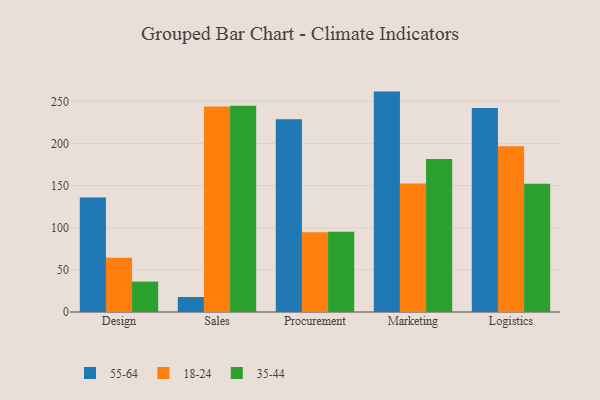
{"axis": {"x": "Department", "y": "Tickets Resolved"}, "legend": ["18-24", "35-44", "55-64"], "data": [{"x": "Design", "y": 135.8, "type": "55-64"}, {"x": "Design", "y": 64.5, "type": "18-24"}, {"x": "Design", "y": 36.1, "type": "35-44"}, {"x": "Sales", "y": 17.8, "type": "55-64"}, {"x": "Sales", "y": 243.9, "type": "18-24"}, {"x": "Sales", "y": 244.8, "type": "35-44"}, {"x": "Procurement", "y": 228.9, "type": "55-64"}, {"x": "Procurement", "y": 94.7, "type": "18-24"}, {"x": "Procurement", "y": 95.3, "type": "35-44"}, {"x": "Marketing", "y": 261.6, "type": "55-64"}, {"x": "Marketing", "y": 152.4, "type": "18-24"}, {"x": "Marketing", "y": 181.6, "type": "35-44"}, {"x": "Logistics", "y": 242.2, "type": "55-64"}, {"x": "Logistics", "y": 196.8, "type": "18-24"}, {"x": "Logistics", "y": 152.3, "type": "35-44"}]}